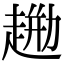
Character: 𧼦